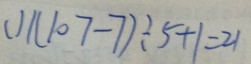
( 1 ) ( 1 0 7 - 7 ) \div 5 + 1 = 2 1